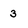
Character: 3